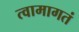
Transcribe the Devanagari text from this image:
त्वामागतं